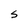
Character: S